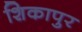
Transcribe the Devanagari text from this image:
शिकापुर